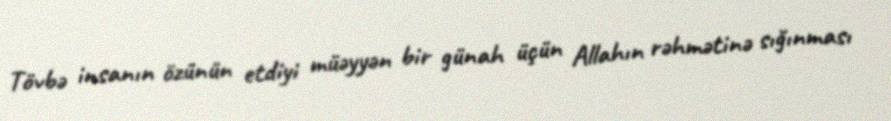
Tövbə insanın özünün etdiyi müəyyən bir günah üçün Allahın rəhmətinə sığınması